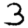
Digit: 3